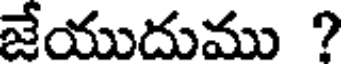
జేయుదుము ?